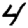
Digit: 4